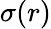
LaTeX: \sigma(r)